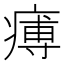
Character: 𤸵